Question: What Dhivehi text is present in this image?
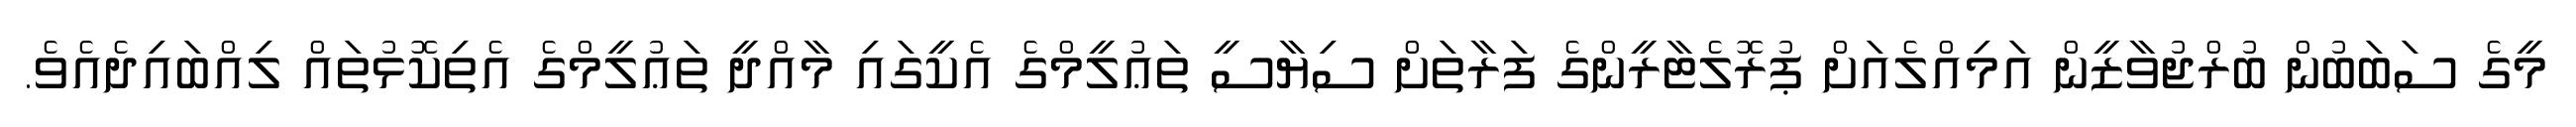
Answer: މީގެ ސަބަބުން ބުރްޖުވާޒީން އަމިއްލެއަށް ޕުރޮލެޓާރީންގެ ފަރާތަށް ސިޔާސީ ތަޢުލީމްގެ އެކީގައި މާއްދީ ތަޢުލީމްގެ އެތިކޮޅުތައް ލިއްބައިދެއެވެ.